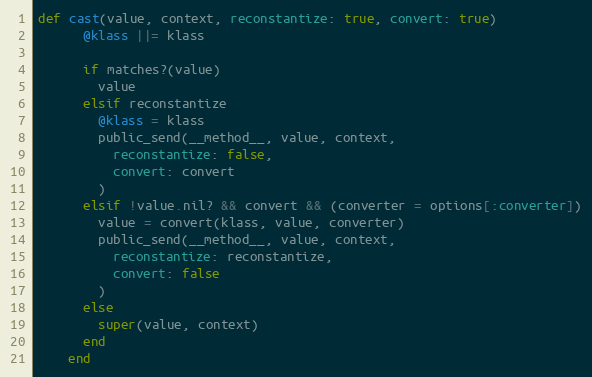
Language: Ruby
def cast(value, context, reconstantize: true, convert: true)
      @klass ||= klass

      if matches?(value)
        value
      elsif reconstantize
        @klass = klass
        public_send(__method__, value, context,
          reconstantize: false,
          convert: convert
        )
      elsif !value.nil? && convert && (converter = options[:converter])
        value = convert(klass, value, converter)
        public_send(__method__, value, context,
          reconstantize: reconstantize,
          convert: false
        )
      else
        super(value, context)
      end
    end